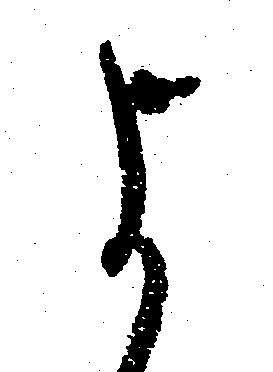
よ